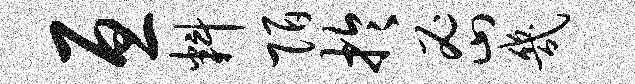
亘料陌於密几